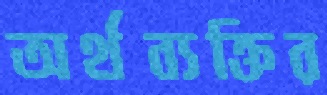
অর্থব্যক্তির